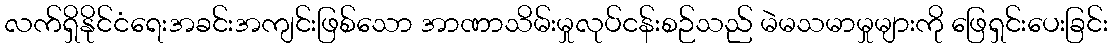
လက်ရှိနိုင်ငံရေးအခင်းအကျင်းဖြစ်သော အာဏာသိမ်းမှုလုပ်ငန်းစဉ်သည် မဲမသမာမှုများကို ဖြေရှင်းပေးခြင်း